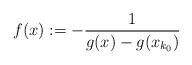
LaTeX: \begin{align*}f(x):=-\frac{1}{g(x)-g(x_{k_0})}\end{align*}